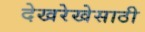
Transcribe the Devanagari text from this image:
देखरेखेसाठी